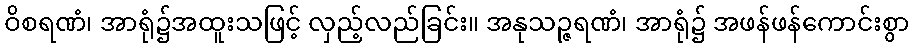
ဝိစရဏံ၊ အာရုံ၌အထူးသဖြင့် လှည့်လည်ခြင်း။ အနုသဉ္ဇရဏံ၊ အာရုံ၌ အဖန်ဖန်ကောင်းစွာ